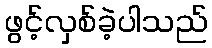
ဖွင့်လှစ်ခဲ့ပါသည်